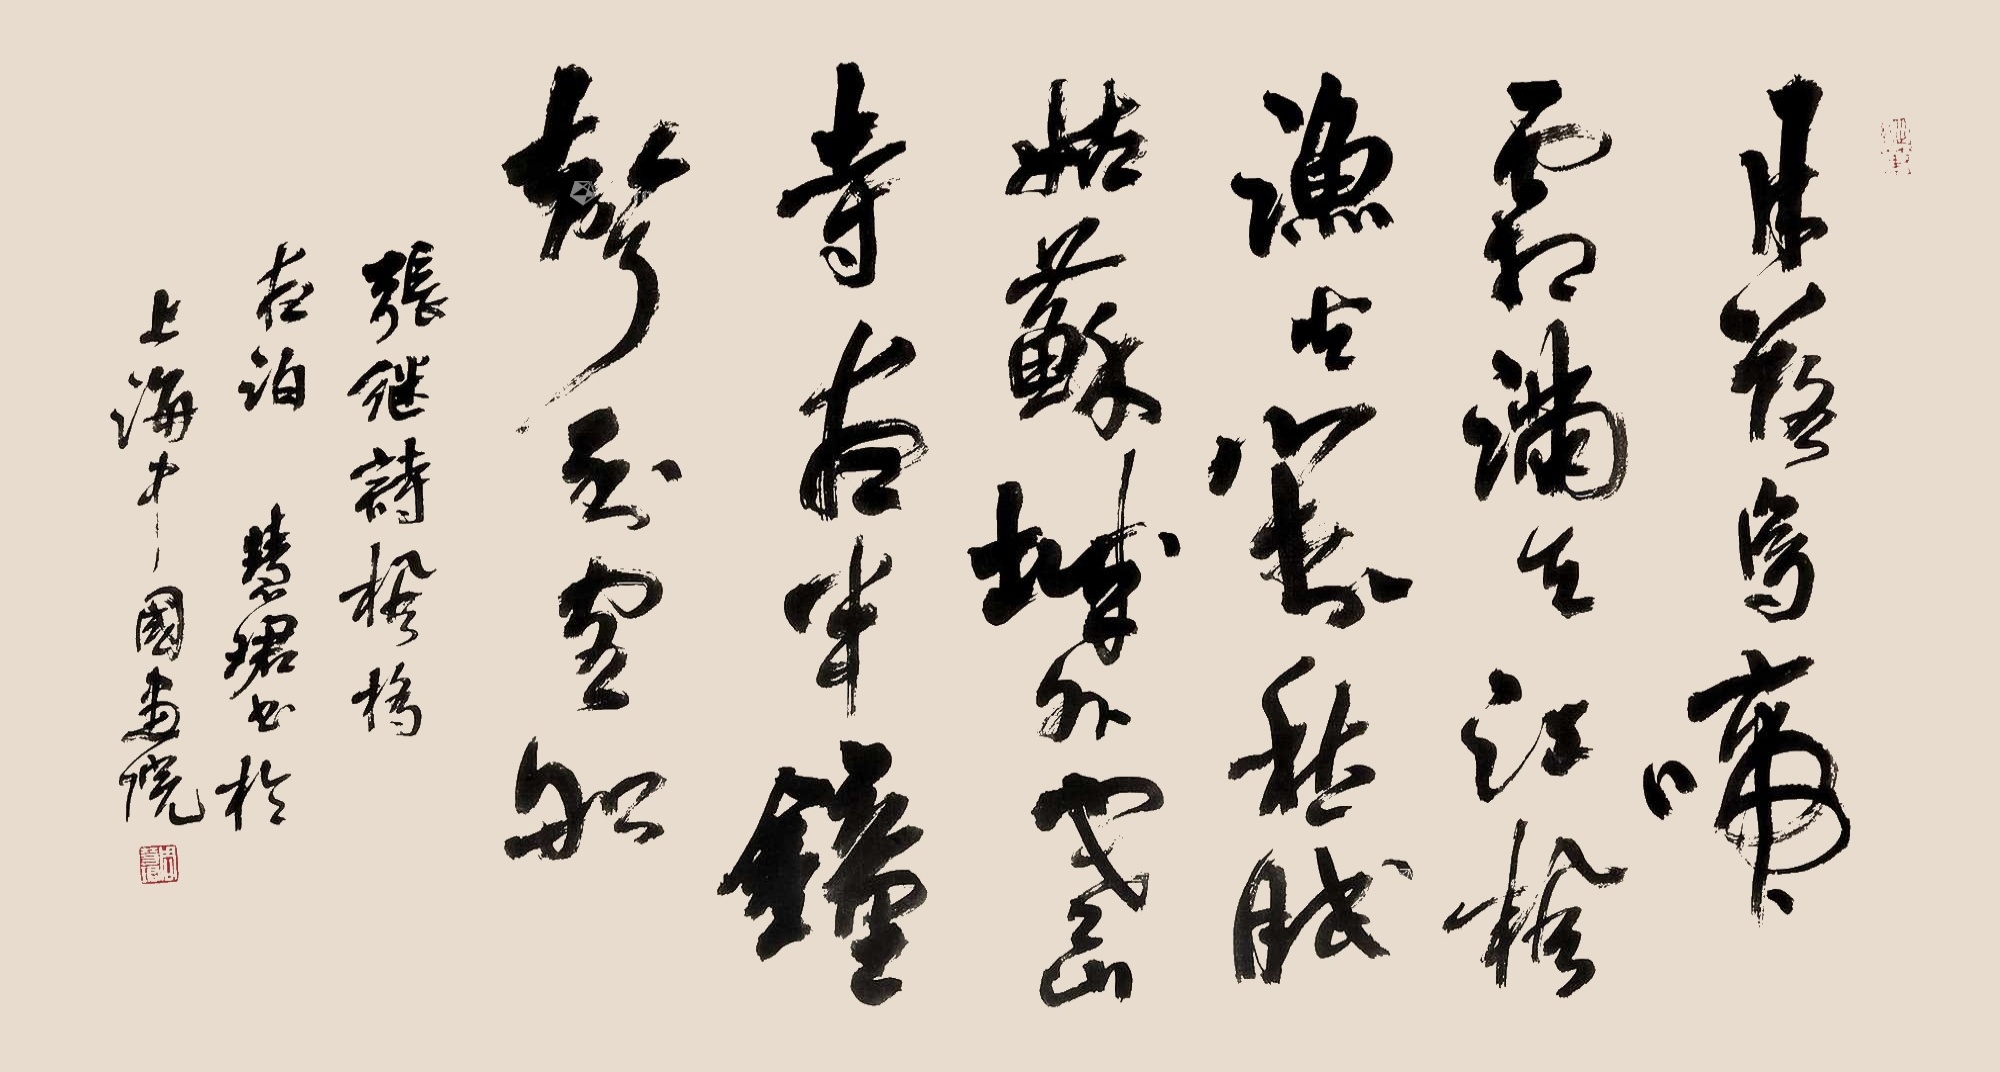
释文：月落乌啼霜满天，江枫渔火对愁眠。姑苏城外寒山寺，夜半钟声到客船。张继诗枫桥夜泊，慧珺书于上海中国画院。